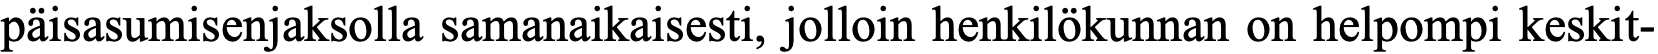
päisasumisenjaksolla samanaikaisesti, jolloin henkilökunnan on helpompi keskit-